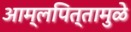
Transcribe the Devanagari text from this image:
आम्लपित्तामुळे